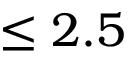
\leq 2 . 5